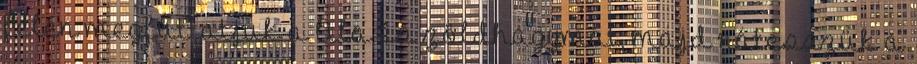
felén megfuttatjuk a lila és zöldhagymát, majd rátesszük a